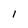
Character: I